Report on lock hospitals in British Burma
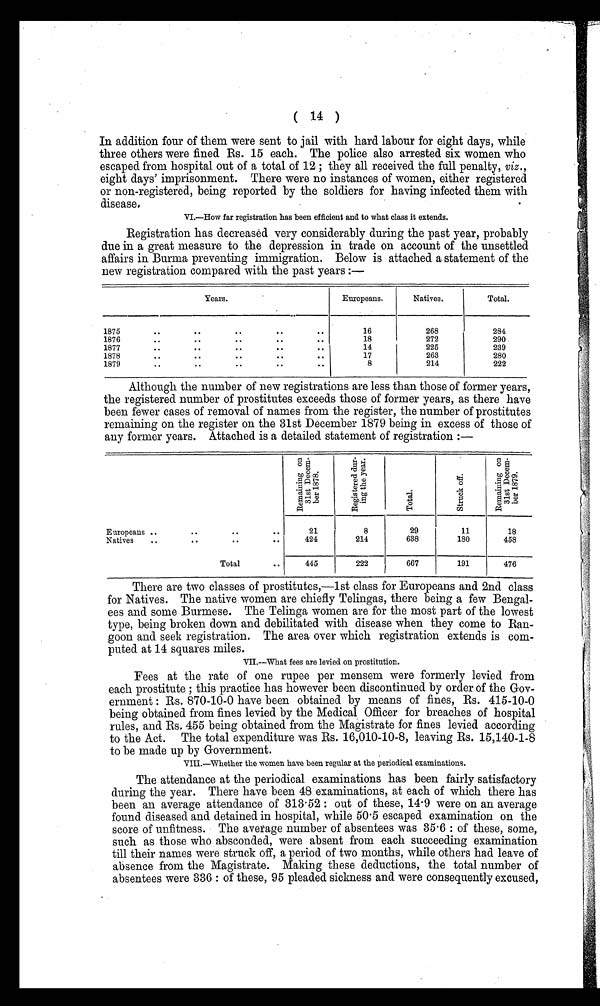
In addition four of them were sent to jail with hard labour for eight days, while
three others were fined Rs. 15 each. The police also arrested six women who
escaped from hospital out of a total of 12 ; they all received the full penalty, viz.,
eight days' imprisonment. There were no instances of women, either registered
or non-registered, being reported by the soldiers for having infected them with
disease.
VI.—How far registration has been efficient and to what class it extends.
Registration has decreased very considerably during the past year, probably
due in a great measure to the depression in trade on account of the unsettled
affairs in Burma preventing immigration. Below is attached a statement of the
new registration compared with the past years :—
Years.
Europeans.
Natives.
Total.
1875
. .
. .
. .
. .
. .
16
268
284
1876
. .
. .
. .
. .
. . .
18
. 2 7 2
290
1877
. .
. .
. .
. .
. .
14
225
239
1878
. .
. .
. .
. .
. .
17
263
280
1879
. .
. .
. .
. .
. .
8
214
222
Although the number of new registrations are less than those of former years,
the registered number of prostitutes exceeds those of former years, as there have
been fewer cases of removal of names from the register, the number of prostitutes
remaining on the register on the 31st December 1879 being in excess of those of
any former years. Attached is a detailed statement of registration :—
Europeans ..
.. .. ..
R e m a i n i n g o n 3 1 s t D e c e m b e r 1 8 7 8 .
R e g i s t e r e d d u r i n g t h e y e a r .
T o t a l .
s t r u c k o f f .
R e m a i n i n g o n 3 1 s t D e c e m b e r 1 8 7 9 .
21
8
29
11
18
Natives
..
.. ..
. .
424
214
638
180
458
Total
. .
445
222
667
191
476
There are two classes of prostitutes,—1st class for Europeans and 2nd class
for Natives. The native women are chiefly Telingas, there being a few Bengal-
ees and some Burmese. The Telinga women are for the most part of the lowest
type, being broken down and debilitated with disease when they come to Ran-
goon and seek registration. The area over which registration extends is com-
puted at 14 squares miles.
VII.—What fees are levied on prostitution.
Fees at the rate of one rupee per mensem were formerly levied from
each prostitute ; this practice has however been discontinued by order of the Gov-
ernment : Rs. 870-10-0 have been obtained by means of fines, Rs. 415-10-0
being obtained from fines levied by the Medical Officer for breaches of hospital
rules, and Rs. 455 being obtained from the Magistrates for fines levied according
to the Act. The total expenditure was Rs. 16,010-10-8, leaving Rs. 15,140-1-8
to be made up by Government.
VIII—whether the women have been regular at the periodical examinations.
The attendance at the periodical examinations has been fairly satisfactory
during the year. There have been 48 examinations, at each of which there has
been an average attendance of 313.52: out of these, 14.9 were on an average
found diseased and detained in hospital, while 50.5 escaped examination on the
score of unfitness. The average number of absentees was 35.6 : of these, some,
such as those who absconded, were absent from each succeeding examination
till their names were struck off, a period of two months, while others had leave of
absence from the Magistrate. Making these deductions, the total number of
absentees were 336 : of these, 95 pleaded sickness and were consequently excused,